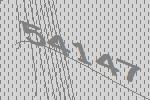
54147